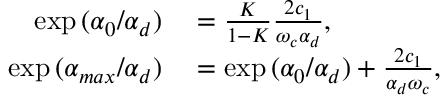
\begin{array} { r l } { \exp { ( \alpha _ { 0 } / \alpha _ { d } ) } } & { { } = \frac { K } { 1 - K } \frac { 2 c _ { 1 } } { \omega _ { c } \alpha _ { d } } , } \\ { \exp { ( \alpha _ { m a x } / \alpha _ { d } ) } } & { { } = \exp { ( \alpha _ { 0 } / \alpha _ { d } ) } + \frac { 2 c _ { 1 } } { \alpha _ { d } \omega _ { c } } , } \end{array}